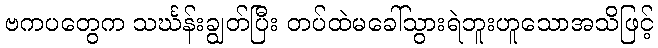
ဗကပတွေက သင်္ဃန်းချွတ်ပြီး တပ်ထဲမခေါ်သွားရဲဘူးဟူသောအသိဖြင့်